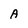
Character: A